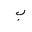
Letter: _ba